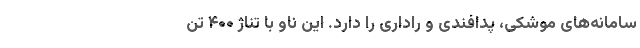
سامانه‌های موشکی، پدافندی و راداری را دارد. این ناو با تناژ ۴۰۰ تن